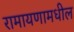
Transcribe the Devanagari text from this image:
रामायणामधील